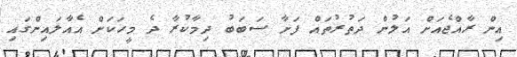
އިން ރާއްޖެއަށް އަލުން ދަތުރުތައް ފަށާ ސަބަބު ދިމާކުރާ ދެ މީހަކަށް އެއާލައިންގައި